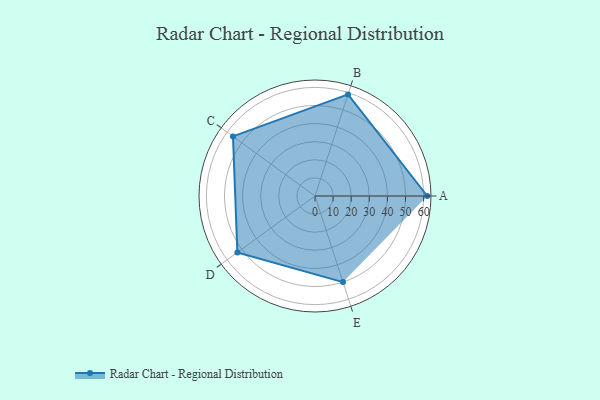
{"axis": {"x": "Skill", "y": "Score"}, "legend": ["Profile"], "data": [{"x": "A", "y": 62.0, "type": "Profile"}, {"x": "B", "y": 59.0, "type": "Profile"}, {"x": "C", "y": 56.0, "type": "Profile"}, {"x": "D", "y": 53.0, "type": "Profile"}, {"x": "E", "y": 50.0, "type": "Profile"}]}